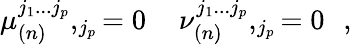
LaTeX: \mu_{(n)}^{j_{1}...j_{p}},_{j_{p}}=0\, \, \, \, \, \, \, \nu_{(n)}^{j_{1}...j_{p}},_{j_{p}}=0\, \, \, \, ,